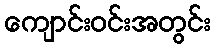
ကျောင်းဝင်းအတွင်း